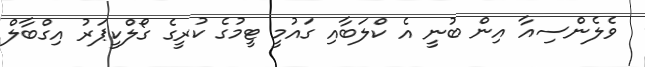
ވެލެންސިއާ އިން ބުނީ އެ ކްލަބާއި ގައުމީ ޓީމުގެ ކުރީގެ ގޯލްކީޕަރު އިގްބާލް